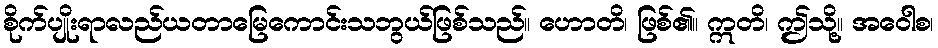
စိုက်ပျိုးရာလည်ယတာမြေကောင်းသဘွယ်ဖြစ်သည်။ ဟောတိ၊ ဖြစ်၏။ ဣတိ၊ ဤသို့။ အဝေါစ၊